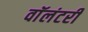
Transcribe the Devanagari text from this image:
वाॅलंटरी